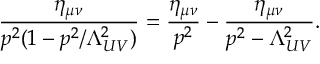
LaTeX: \frac { \eta _ { \mu \nu } } { p ^ { 2 } ( 1 - p ^ { 2 } / \Lambda _ { U V } ^ { 2 } ) } = \frac { \eta _ { \mu \nu } } { p ^ { 2 } } - \frac { \eta _ { \mu \nu } } { p ^ { 2 } - \Lambda _ { U V } ^ { 2 } } .